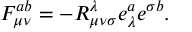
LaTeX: F _ { \mu \nu } ^ { a b } = - R _ { \mu \nu \sigma } ^ { \lambda } e _ { \lambda } ^ { a } e ^ { \sigma b } .